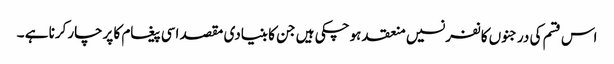
اس قسم کی درجنوں کانفرنسیں منعقد ہوچکی ہیں جن کا بنیادی مقصد اسی پیغام کا پرچارکرنا ہے ۔